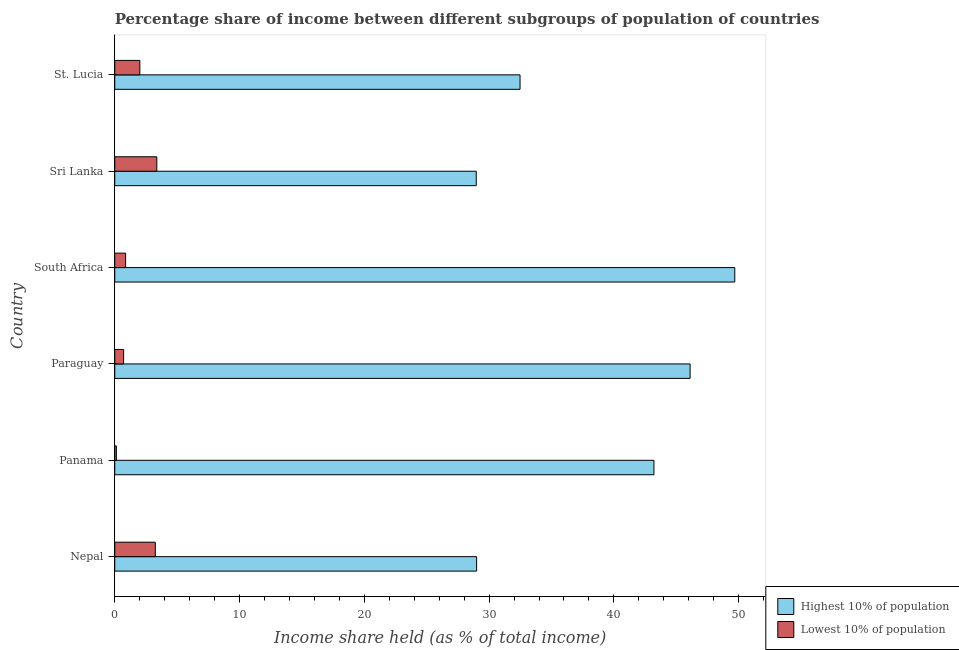
| Country | Highest 10% of population | Lowest 10% of population |
 | --- | --- | --- |
 | Nepal | 29 | 3.25 |
 | Panama | 43.2 | 0.13 |
 | Paraguay | 46.1 | 0.71 |
 | South Africa | 49.7 | 0.87 |
 | Sri Lanka | 29 | 3.37 |
 | St. Lucia | 32.5 | 2.01 |